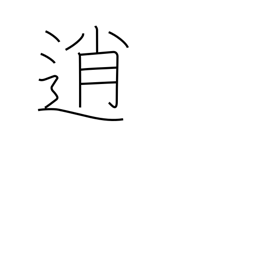
Meaning: loaf